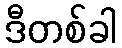
ဒီတစ်ခါ